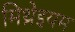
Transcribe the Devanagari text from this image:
मिथ्रेइयम